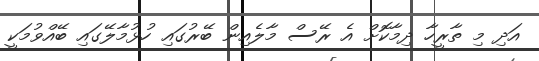
އަދި މި ތާރީހާ ދިމާކޮށް އެ ރޭސް މާލެއިން ބޭރުގައި ހުޅުމާލޭގައި ބޭއްވުމަކީ